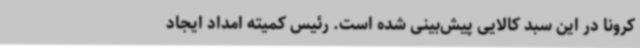
کرونا در این سبد کالایی پیش‌بینی شده است. رئیس کمیته امداد ایجاد